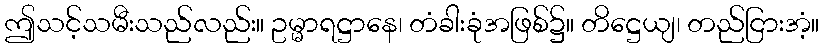
ဤသင့်သမီးသည်လည်း။ ဥမ္မာရဋ္ဌာနေ၊ တံခါးခုံအဖြစ်၌။ တိဋ္ဌေယျ၊ တည်ငြားအံ့။